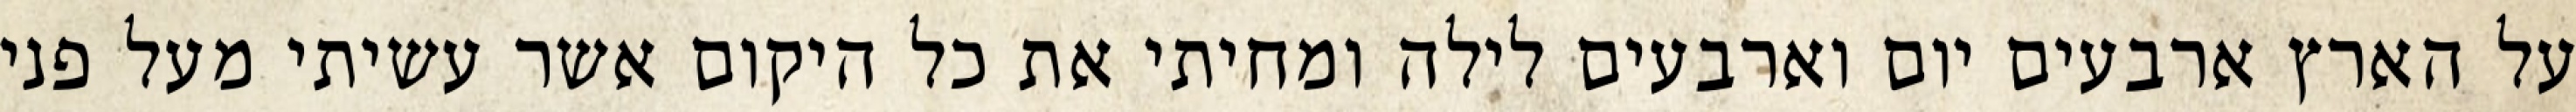
על הארץ ארבעים יום וארבעים לילה ומחיתי את כל היקום אשר עשיתי מעל פני